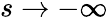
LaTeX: s\to-\infty